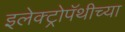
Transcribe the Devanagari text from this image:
इलेक्ट्रोपॅथीच्या